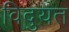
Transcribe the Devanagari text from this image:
विदुयत